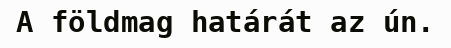
A földmag határát az ún.